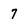
Character: 7